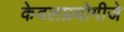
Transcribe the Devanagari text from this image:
केवलप्रयोगीजे